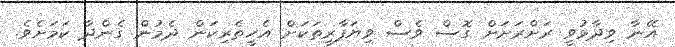
އޭނާ ވިދާޅުވީ ރަށްރަށަށް ގޮސް ވެސް ވިޔަފާރިތަކަށް އެހީތެރިކަން ދެމުން ގެންދާ ކަމަށެވެ.